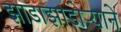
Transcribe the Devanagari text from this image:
झाडाझाडोऱ्याने